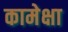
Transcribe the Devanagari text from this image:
कामेक्षा